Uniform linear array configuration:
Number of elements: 48
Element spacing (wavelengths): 0.25
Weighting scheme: hann
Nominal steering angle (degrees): -30
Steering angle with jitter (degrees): -28.778
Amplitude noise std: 0.05
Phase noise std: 0.05

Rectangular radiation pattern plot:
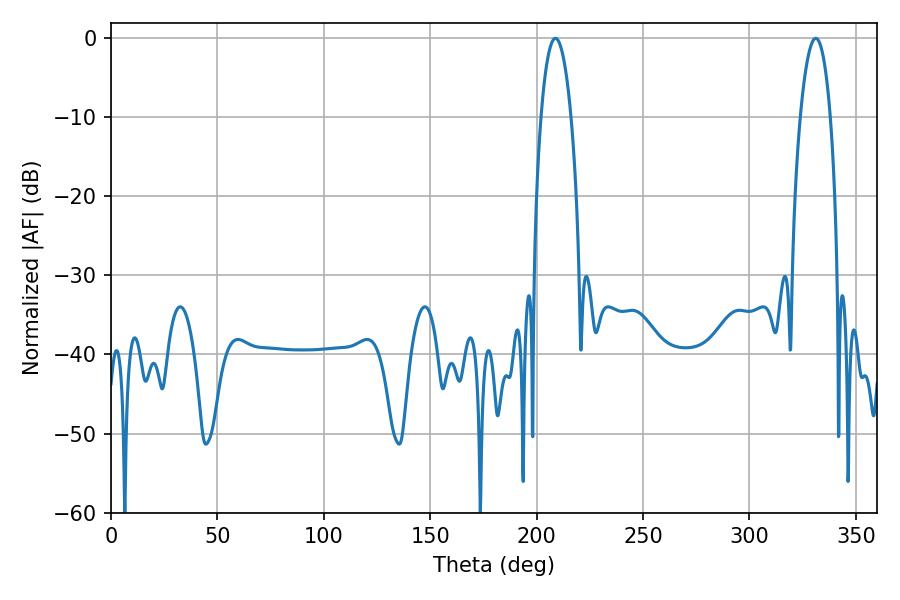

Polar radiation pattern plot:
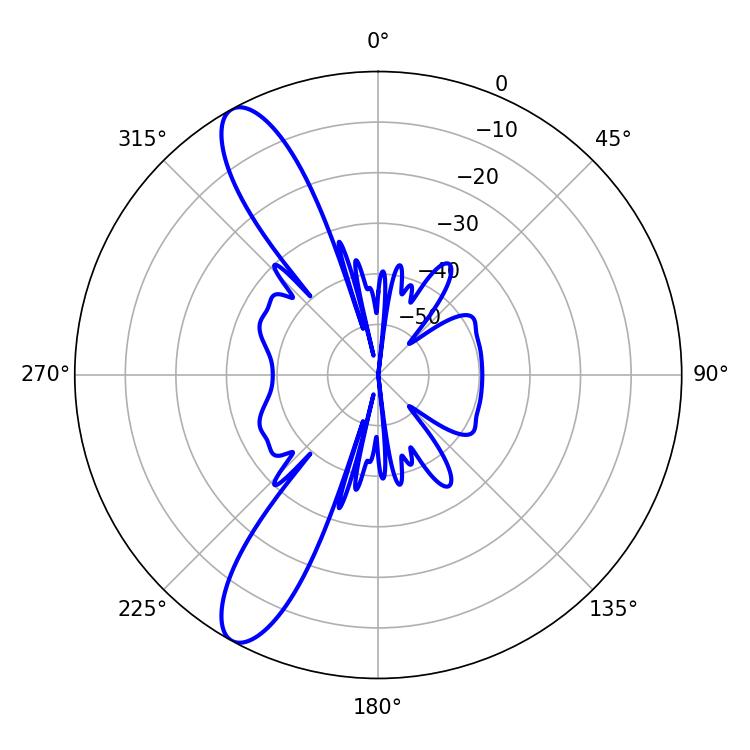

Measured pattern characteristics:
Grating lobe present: FALSE
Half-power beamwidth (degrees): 7.92
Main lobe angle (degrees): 208.8